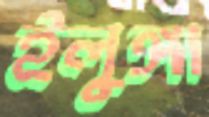
ইলুঙ্গা